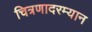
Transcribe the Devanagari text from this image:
चित्रणादरम्यान